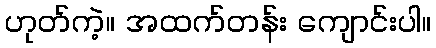
ဟုတ်ကဲ့။ အထက်တန်း ကျောင်းပါ။